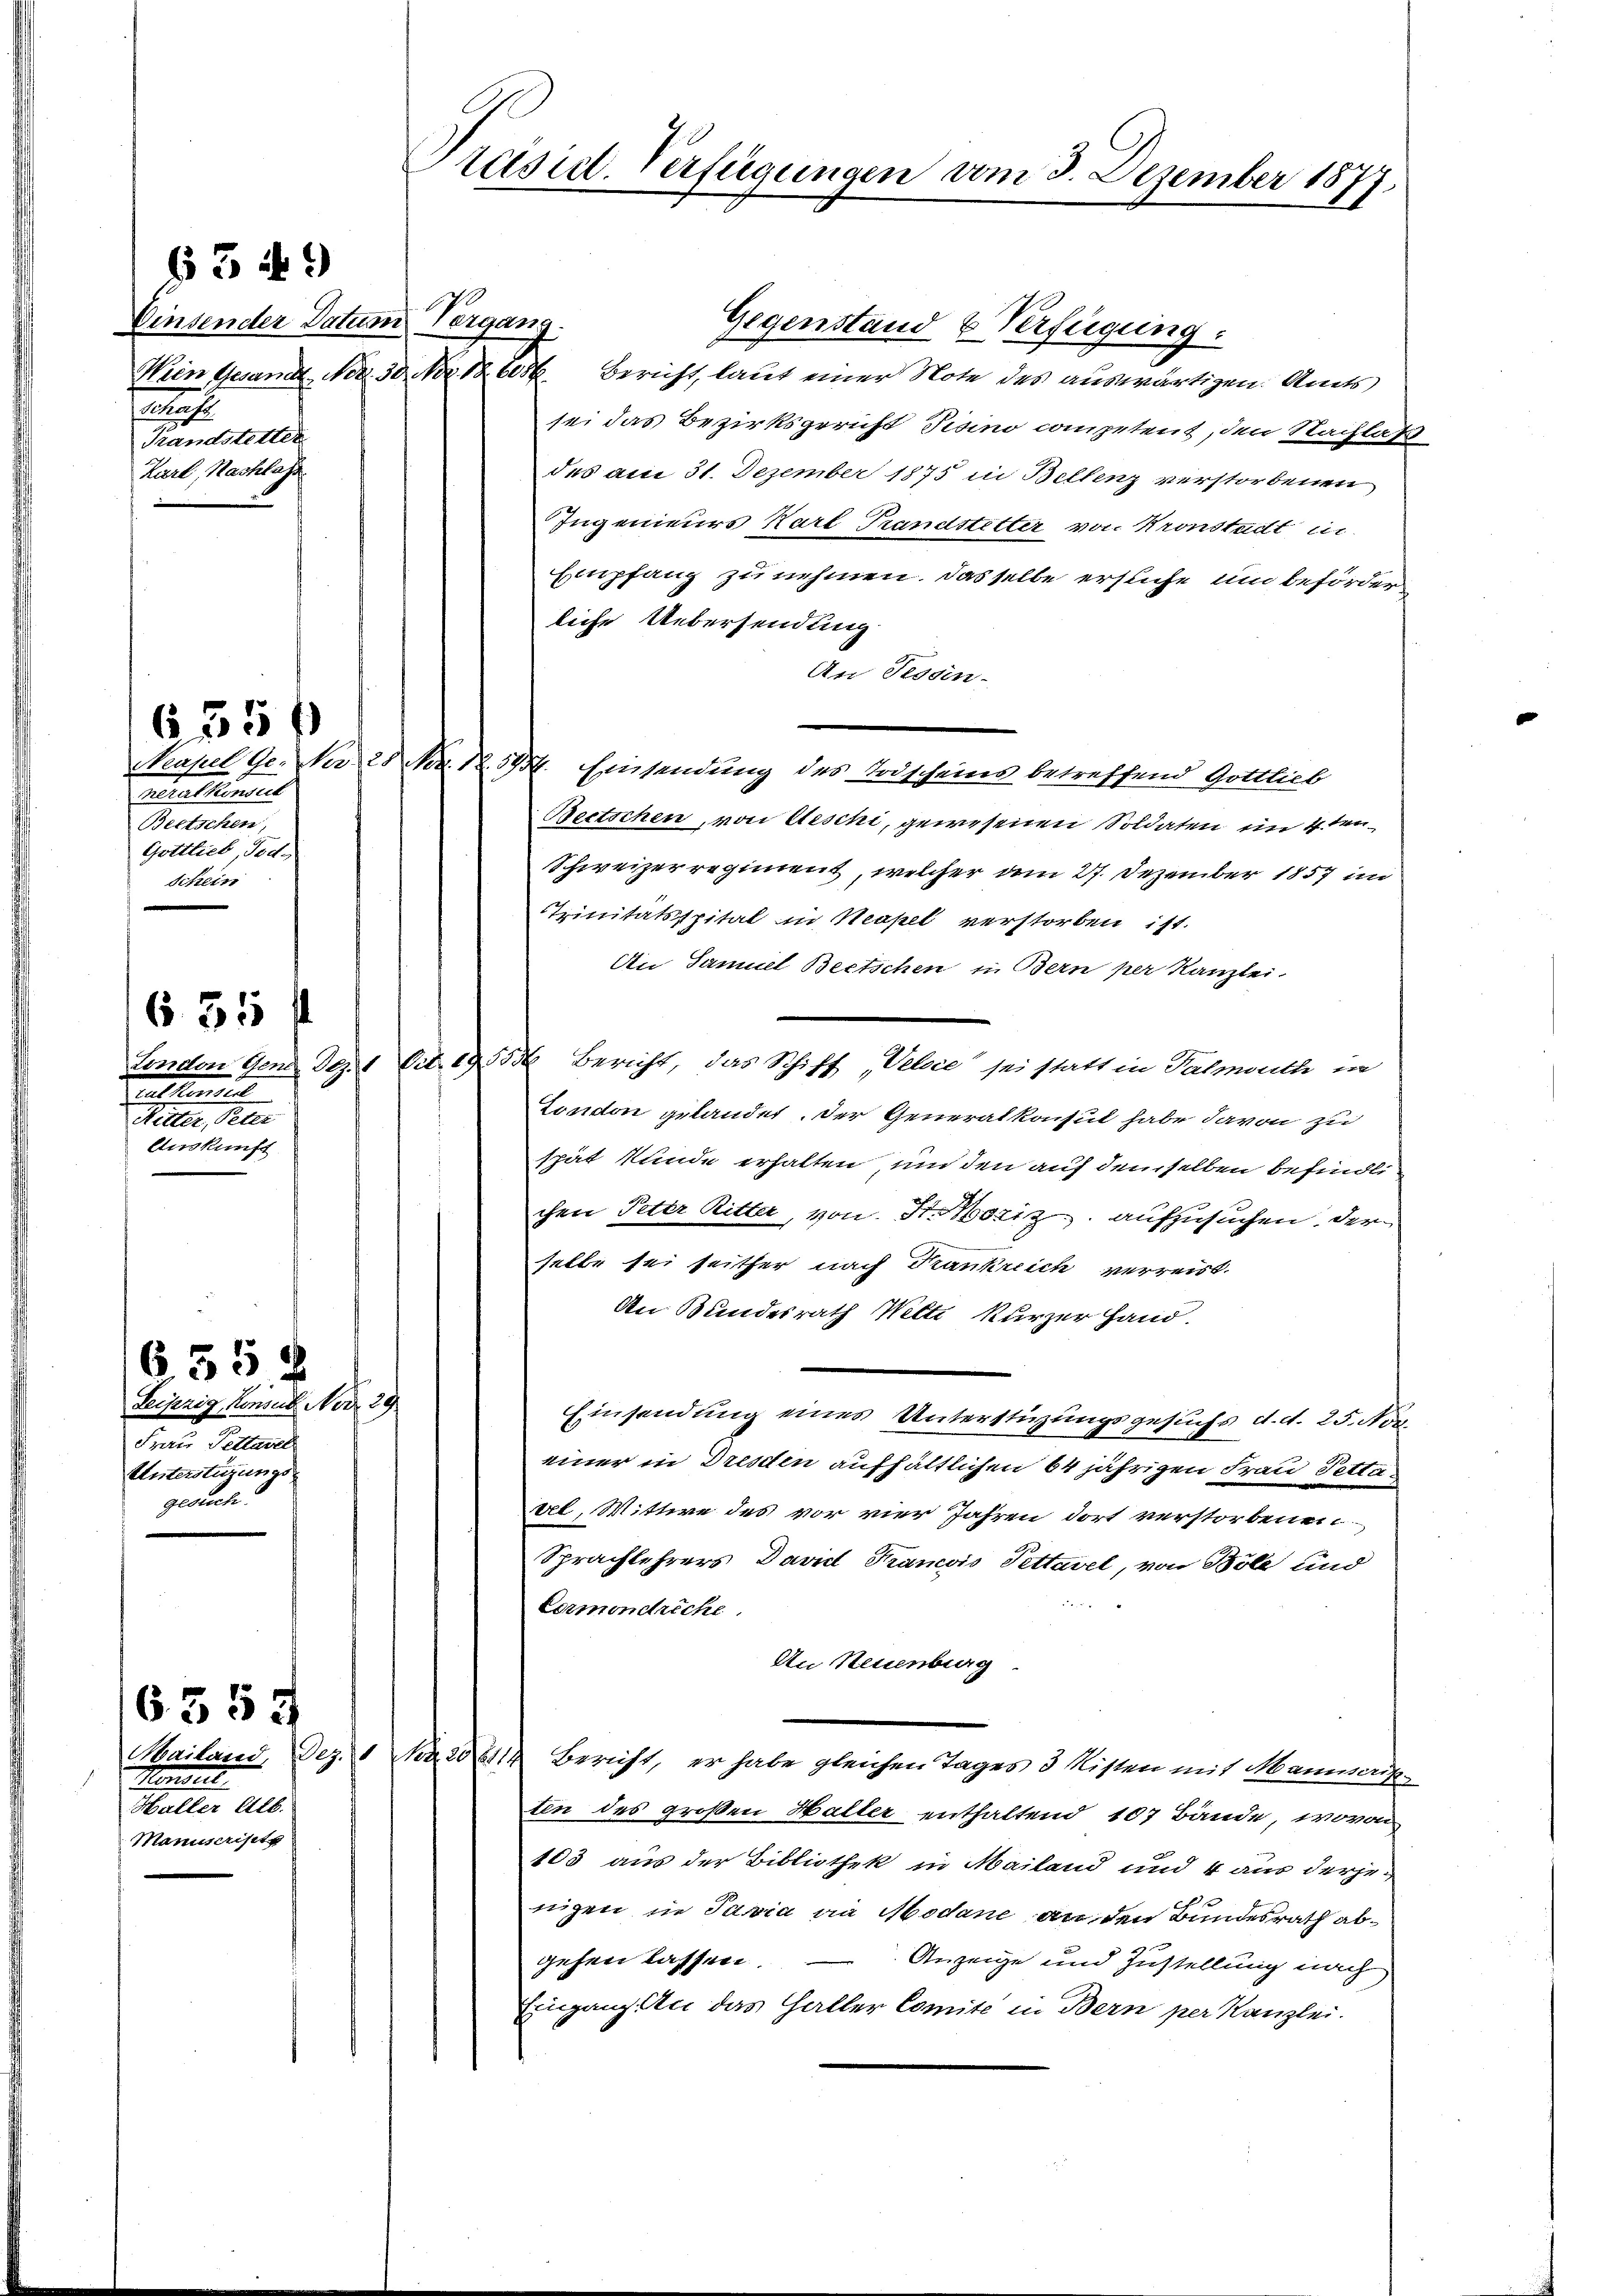
Einsender Datum Vergana.
h
Tandsteller
Zarl, Nachlass

§ 349

malliment
Beetschen
Gottlieb, Fed
Schein

635 f

ensstimme
dee einer die
Auskunft
.

635 f

6. 558
Leipzig, Konsus No 29
Frau Pettarel
Unterstürungsgesuch.

6555

Konsul
Haller Alb.
Manuscrisitz

Präsidl-Verfügungen vom 3. Dezember 1877.

Gegenstand & Verfügung.
Wien Gesandt, Nov. 30. Nov. 12 des Bericht, laut einer Note des auswärtigen. Amts
sei das Bezirksgericht Tisino competent, den Nachlaß
des am 31. Dezember 1875 in Bellenz verstorbenen
Ingenieurs Karl Frandstetter von Kronstadt in
Empfang zu nehmen. Dasselbe erstiche und beförder
liche Uebersendung
An Tessin.
Neapel Ge. Nur 28 Nov. 1. 544. Einsendung des Todscheins betreffend Gottlieb
Beetschen, von Aeschi, gewesenen Soldaten im 4 ten
Schweizerregiment, welcher am 27. Dezember 1857 im
Trinitätsspital in Neapel verstorben ist.
Au Samuel Beetschen in Bern per Kanzlei.
London Gen. Dez. 1 lit. 19555 Bericht, das Schiff „Vebvie“ sei statt in Palmouth in
Gondon getandet. Der Generalkonsul habe davon zu
spät kunde erhalten, und den auf demselben befindli
chen Peter Ritter, von Fr. Notiz aufzusuchen, der
selbe sei seither nach Krankreich verreist.
An Bundesrath Welti kurzer Hand.
Einsendung eines Unterstüzungsgesuchs d. d. 25. Nov.
einer in Dresden aufhältlichen 64 jährigen Frau Pettavel, Wittwe des vor vier Jahren dort verstorbenen
Sprachlehrers David Francois Pettavel, von Böle und
Lermondreche
An Neuenburg
Mailand, Dez. 1 Pa20614 Bericht, er habe gleichen Tages 3 Risten mit Mannscrip-
ten des großen Halter enthaltend 107 Bände, wovon
103 aus der Bibliothek in Mailand und 4 aus derjenigen in Pasia an Modare an den Bundesrath abgehen lassen. – Anzeige und Zustellung nach
Eingang an das Haller Comite in Bern per Kanzlei.